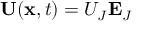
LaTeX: \ \mathbf { U } ( \mathbf { x } , t ) = U _ { J } \mathbf { E } _ { J }